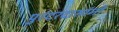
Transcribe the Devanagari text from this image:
पुरंदरदासांनी